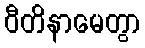
ဝီတိနာမေတွာ